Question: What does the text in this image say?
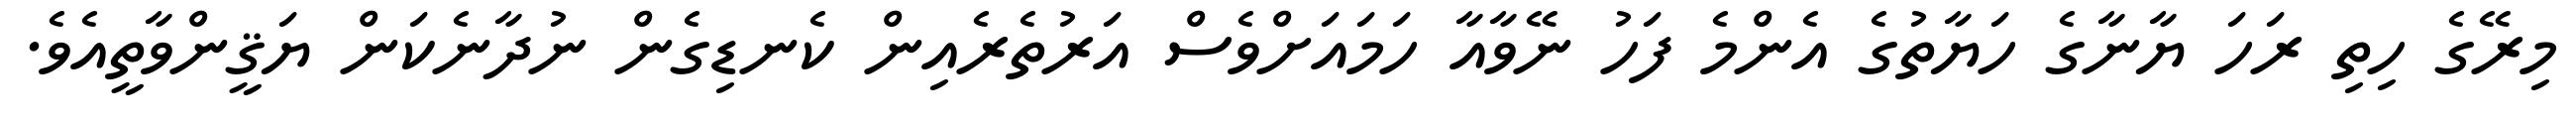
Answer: މިރޭގެ ހިތި ރަހަ ޔާނާގެ ހަޔާތުގެ އެންމެ ފަހު ނޭވާއާ ހަމައަށްވެސް އަރުތެރެއިން ކެނޑިގެން ނުދާނެކަން ޔަޤީންވާތީއެވެ.